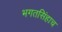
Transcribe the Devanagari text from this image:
भगतसिंहाच